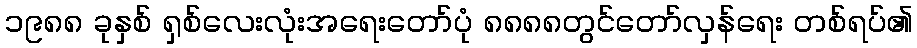
၁၉၈၈ ခုနှစ် ရှစ်လေးလုံးအရေးတော်ပုံ ၈၈၈၈တွင်တော်လှန်ရေး တစ်ရပ်၏